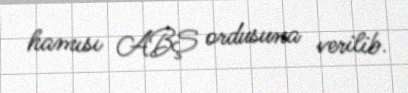
hamısı ABŞ ordusuna verilib.